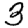
Digit: 3